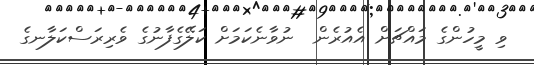
ވި މީހުންގެ މައްޗަށް އެއުރެން  ނުވާނެކަމަށް ކަލޭގެފާނުގެ ވެރިރަސްކަލާނގެ